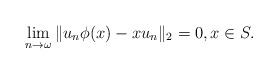
LaTeX: \begin{align*}\lim_{n\to\omega}\|u_n\phi(x)-xu_n \|_2 = 0, x\in S.\end{align*}